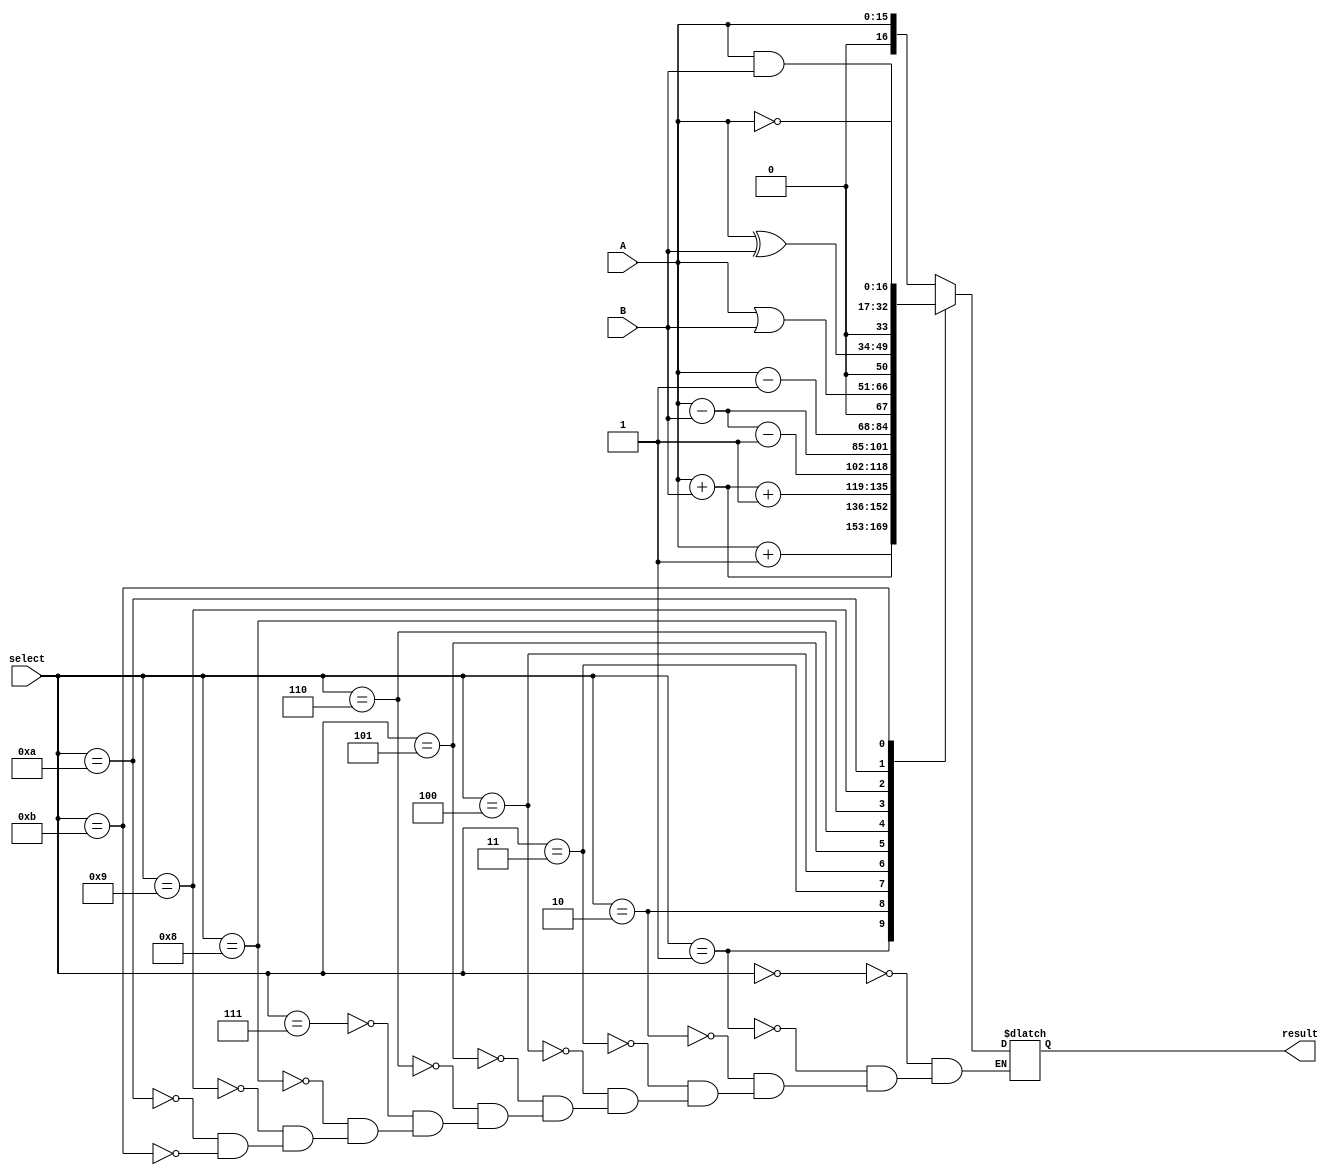
`timescale 1ns / 1ps
module arithmetic(A,B,select,result);
input [15:0] A,B;
input  [3:0] select;
output [16:0] result;


reg [16:0] result;

always@(*)
begin
case(select)
4'b0000:
result=A;
4'b0001:
result=A+1;
4'b0010:
result=A+B;
4'b0011:
result=A+B+1;
4'b0100:
result=A-B-1;
4'b0101:
result=A-B;
4'b0110:
result=A-1;
4'b0111:
result=A;
4'b1000:
result=A|B;
4'b1001:
result=A^B;
4'b1010:
result=A&B;
4'b1011:
result=~(A);
endcase
end
endmodule